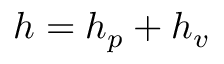
h = h _ { p } + h _ { v }